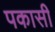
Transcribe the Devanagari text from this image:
पकासी